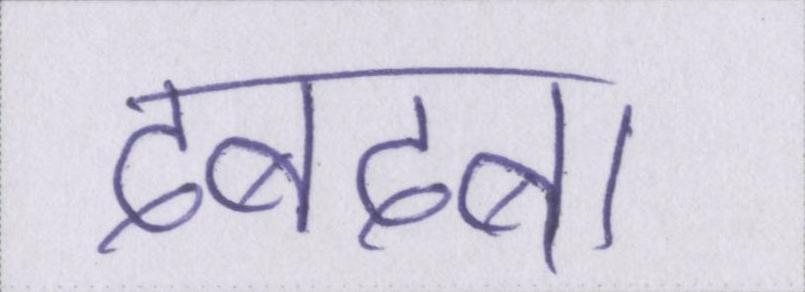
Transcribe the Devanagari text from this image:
दबदबा